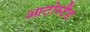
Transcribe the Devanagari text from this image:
आटोस्टैंड